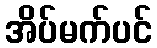
အိပ်မက်ပင်